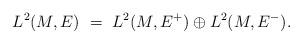
LaTeX: \begin{align*} L^2(M,E)\ = \ L^2(M,E^+)\oplus L^2(M,E^-).\end{align*}